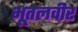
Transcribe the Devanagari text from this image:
भूतलवीर